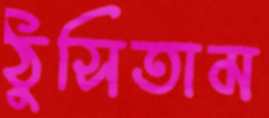
ঠুসিতাম